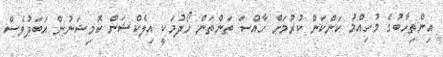
އިންތިހާބުގެ މުހިއްމު ކަންކަން ކުރުމަށް ހާއްސަ ތަންތަން ހޯދުމަކީ އިލެކްޝަން ކޮމިޝަނުން އަބަދުވެސް